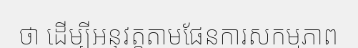
ថា ដើម្បីអនុវត្តតាមផែនការសកម្មភាព